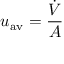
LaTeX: u _ { \mathrm { { { } a v } } } = { \frac { \dot { V } } { A } }